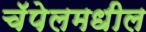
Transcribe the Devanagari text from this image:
चॅपेलमधील